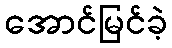
အောင်မြင်ခဲ့